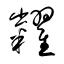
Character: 糶